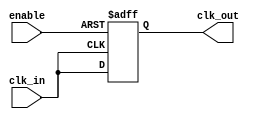
module clock_buffer (
    input wire clk_in,          // Single-ended clock input
    input wire enable,          // Enable signal to control the buffer
    output reg clk_out          // Buffered clock output
);

// Buffering mechanism
always @(posedge clk_in or negedge enable) begin
    if (!enable) begin
        clk_out <= 1'b0;      // When disabled, drive the output low
    end else begin
        clk_out <= clk_in;    // Buffer the clock signal
    end
end

endmodule